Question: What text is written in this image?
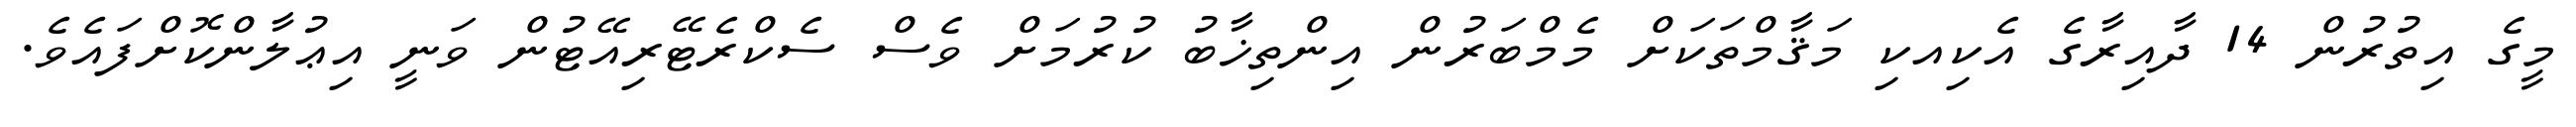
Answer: މީގެ އިތުރުން 14 ދާއިރާގެ އެކިއކި މަޤާމްތަކަށް މެމްބަރުން އިންތިޚާބު ކުރުމަށް ވެސް ސެކްރެޓޭރިއޭޓުން ވަނީ އިޢުލާންކޮށްފައެވެ.